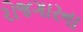
રોજગારના